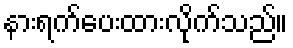
နားရက်ပေးထားလိုက်သည်။